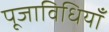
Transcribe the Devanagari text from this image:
पूजाविधियाँ